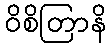
ဝိစိတြာနိ